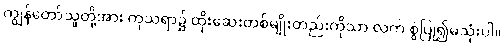
ကျွန်တော်သူတို့အား ကုသရာ၌ ထိုးဆေးတစ်မျိုးတည်းကိုသာ လက် စွဲပြု၍မသုံးပါ။